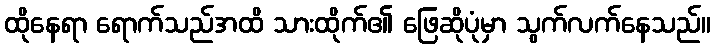
ထိုနေရာ ရောက်သည်အထိ သားထိုက်၏ ဖြေဆိုပုံမှာ သွက်လက်နေသည်။